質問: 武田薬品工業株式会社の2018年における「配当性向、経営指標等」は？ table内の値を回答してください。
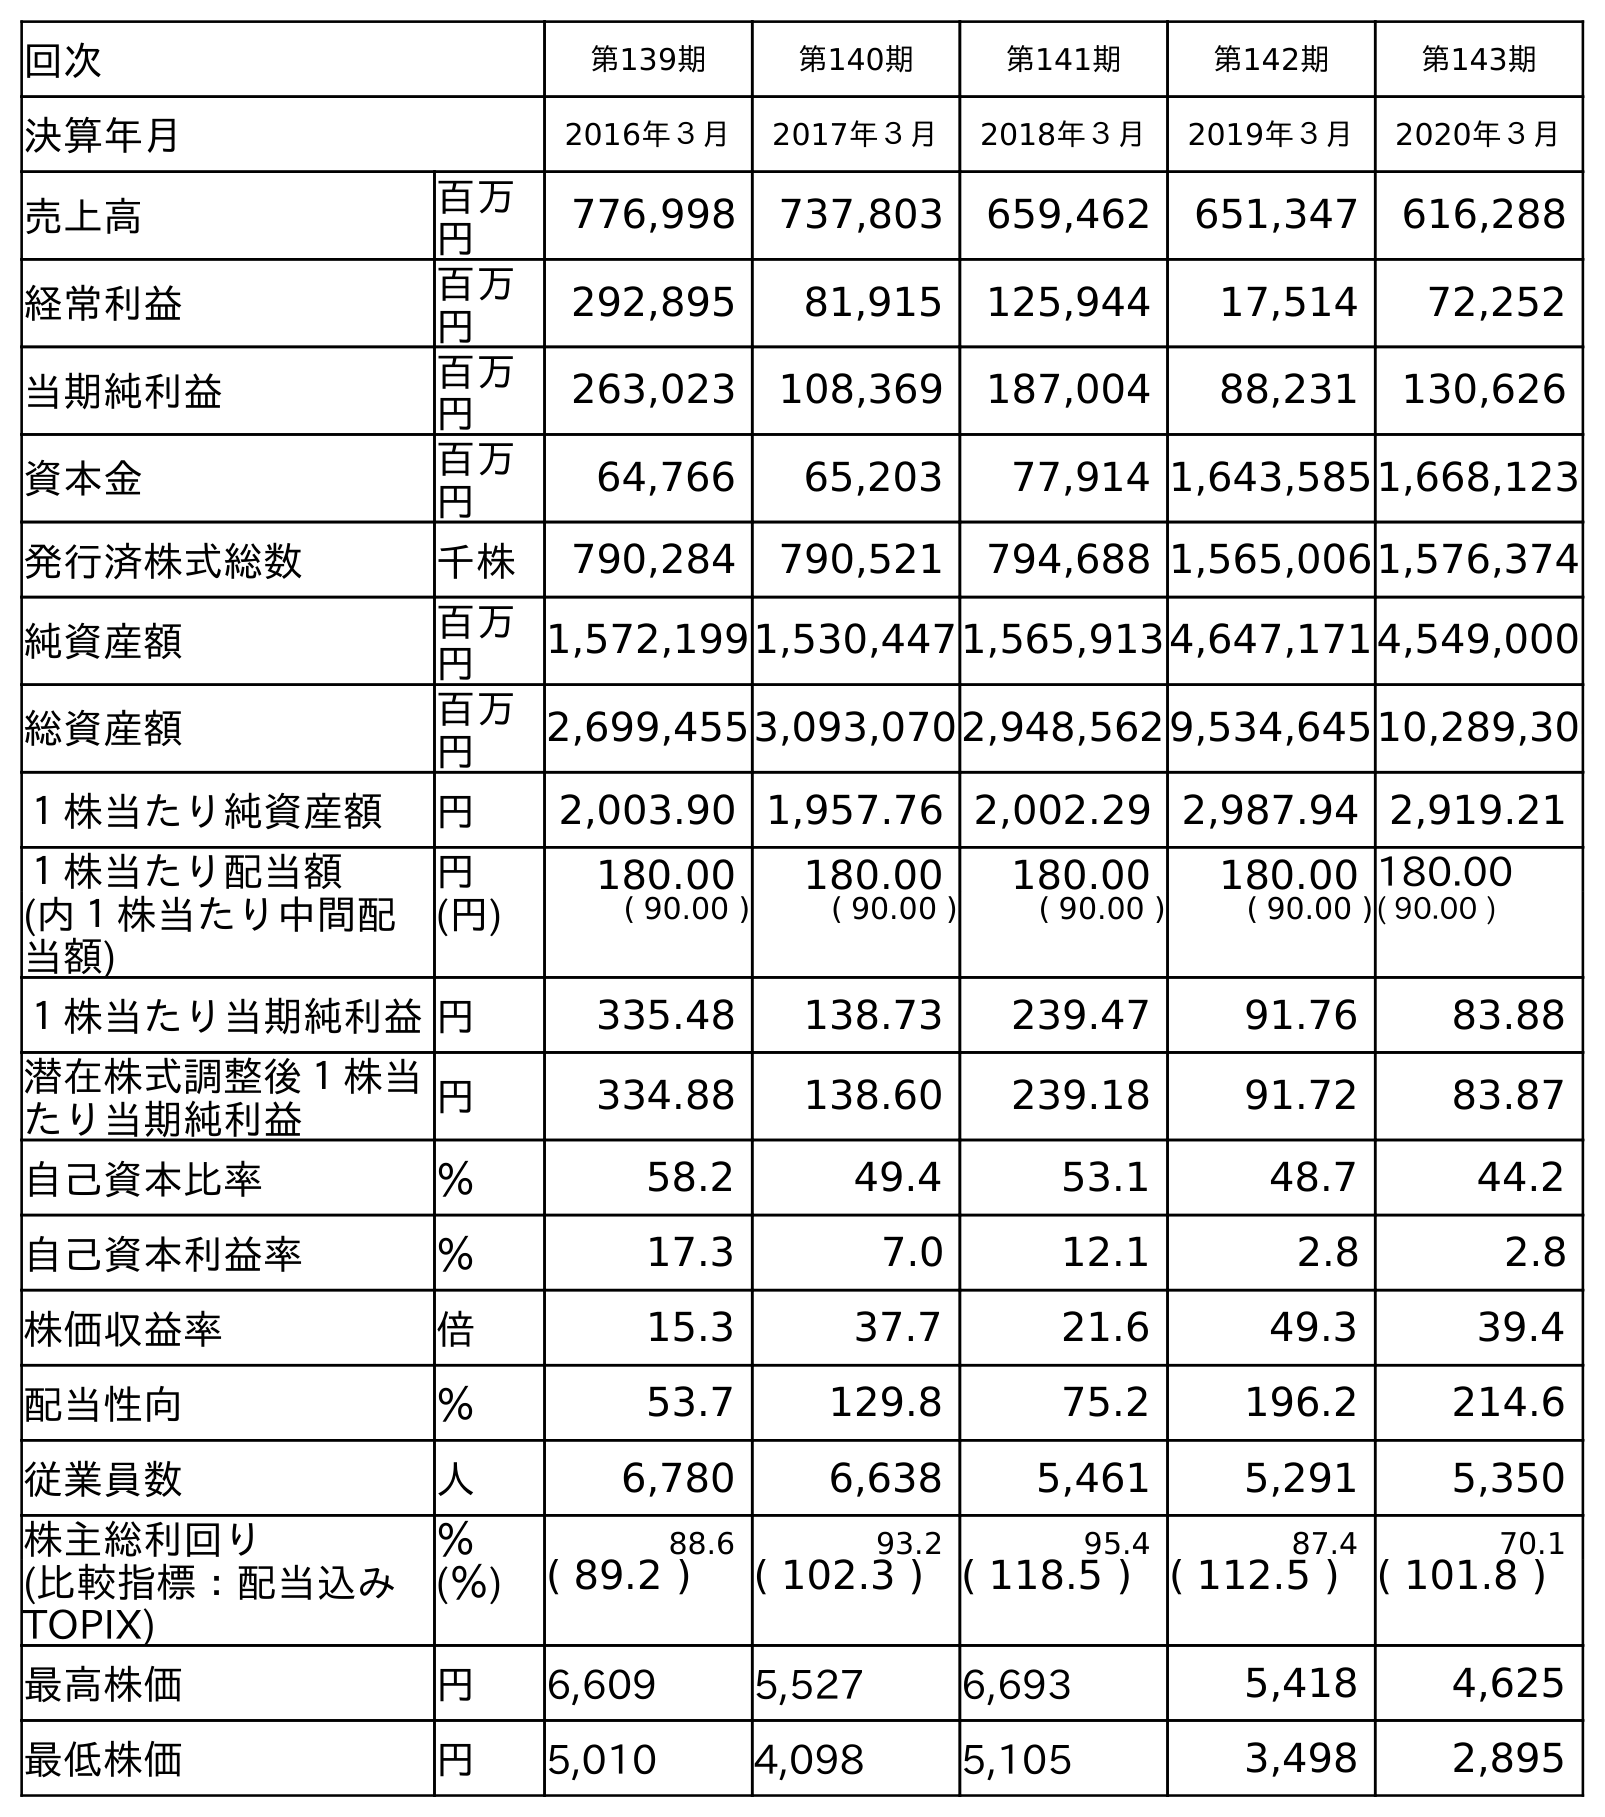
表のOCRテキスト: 回次 第139期 第140期 第141期 第142期 第143期 決算年月 2016年３月 2017年３月 2018年３月 2019年３月 2020年３月 売上高 百万 円 776,998 737,803 659,462 651,347 616,288 経常利益 百万 円 292,895 81,915 125,944 17,514 72,252 当期純利益 百万 円 263,023 108,369 187,004 88,231 130,626 資本金 百万 円 64,766 65,203 77,914 1,643,5851,668,123 発行済株式総数 千株 790,284 790,521 794,688 1,565,0061,576,374 純資産額 百万 円 1,572,1991,530,4471,565,9134,647,1714,549,000 総資産額 百万 円 2,699,4553,093,0702,948,5629,534,64510,289,30 １株当たり純資産額 円 2,003.90 1,957.76 2,002.29 2,987.94 2,919.21 １株当たり配当額 円 180.00 180.00 180.00 180.00 180.00 (内１株当たり中間配 当額) (円) ( 90.00 ) ( 90.00 ) ( 90.00 ) ( 90.00 )( 90.00 ) １株当たり当期純利益円 335.48 138.73 239.47 91.76 83.88 潜在株式調整後１株当 たり当期純利益 円 334.88 138.60 239.18 91.72 83.87 自己資本比率 ％ 58.2 49.4 53.1 48.7 44.2 自己資本利益率 ％ 17.3 7.0 12.1 2.8 2.8 株価収益率 倍 15.3 37.7 21.6 49.3 39.4 配当性向 ％ 53.7 129.8 75.2 196.2 214.6 従業員数 人 6,780 6,638 5,461 5,291 5,350 株主総利回り ％ 88.6 93.2 95.4 87.4 70.1 (比較指標：配当込み TOPIX) (％) ( 89.2 ) ( 102.3 ) ( 118.5 ) ( 112.5 ) ( 101.8 ) 最高株価 円 6,609 5,527 6,693 5,418 4,625 最低株価 円 5,010 4,098 5,105 3,498 2,895
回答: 75.2